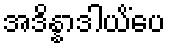
အဒိန္နာဒါယိံပေ